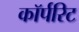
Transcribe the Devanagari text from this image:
कॉर्परिट